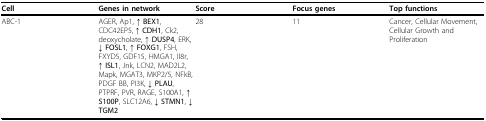
| Cell | Genes in network | Score | Focus genes | Top functions |
 | --- | --- | --- | --- | --- |
 | ABC-1 | AGER, Ap1, ↑ BEX1, CDC42EP5, ↑ CDH1, Ck2, deoxycholate, ↑ DUSP4, ERK, ↓ FOSL1, ↑ FOXG1, FSH, FXYD5, GDF15, HMGA1, Il8r, ↑ ISL1, Jnk, LCN2, MAD2L2, Mapk, MGAT3, MKP2/5, NFkB, PDGF BB, PI3K, ↓ PLAU, PTPRF, PVR, RAGE, S100A1, ↑ S100P, SLC12A6, ↓ STMN1, ↓ TGM2 | 28 | 11 | Cancer, Cellular Movement, Cellular Growth and Proliferation |